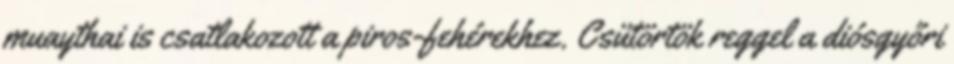
muaythai is csatlakozott a piros-fehérekhez. Csütörtök reggel a diósgyőri